Statistical return of the lunatic asylum in Assam - 1912-1932
Year: 1912
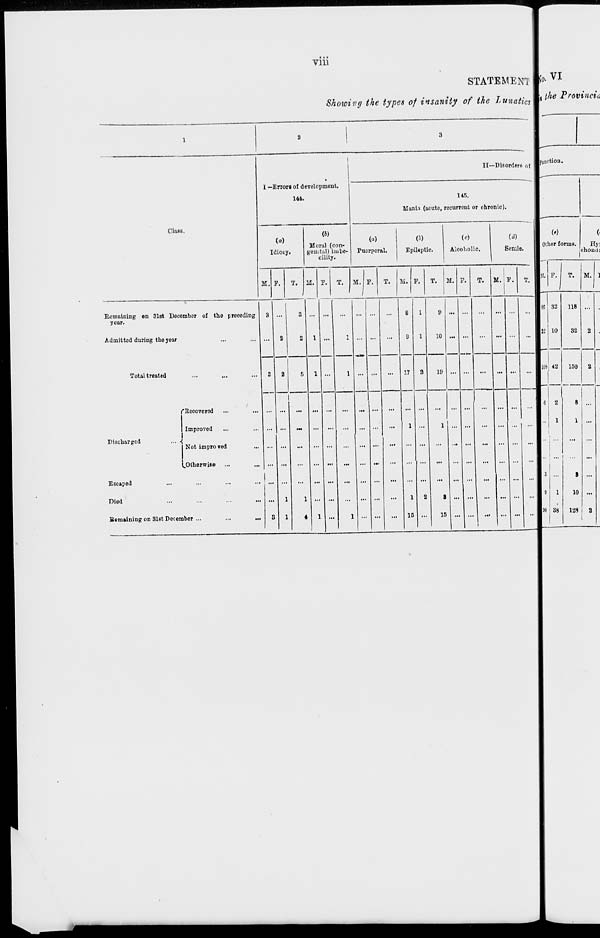
Vlll
STATEMENT
Showing the types of insanity of the Lunatics
Class.
I — Errors of development.
144.
II—Disorder ol
(<0
Idiocy.
(S)
Moral (con-
genital) imbe-
cility.
145.
Mania (acute, recurrent or chronic).
(a)
Tuerpcral.
m
Epileptic.
(c)
Alcoholic,
Senile.
No. VI
the Provincia
function.
M, F. T. LI. P.
M. F.
T. M. F.
M.
T.
Remaining on 31st December of the preoeding
year.
Admitted during the year
Total treatad
S
2
Discharged
("Recovered
Improved
Not impro ved
^Otherwise
Escaped
Died
ftemuning on 31st December ...
5
1
1 ...
;G
19
1 ..
1
15
8
15
M. IF. T.
M
Other forms. , Hyi
F.
T.
M.
82
121 10
I08j 42
6 2
...
1
8 ! ...
1
SB
118 ...
32
2
150
a
8
1 ...
...
8 ...
10 ...
128
a